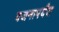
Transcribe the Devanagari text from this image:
वजनापर्यंत